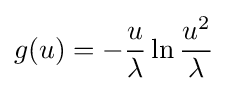
g(u)=-{\frac {u}{\lambda }}\ln {\frac {u^{2}}{\lambda }}